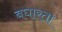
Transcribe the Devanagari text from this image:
बघारता